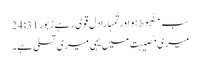
سب مضُبوط ہو اور تُمہارا دِل قوی رہے زبُور 31: 24
میری مُصیبت میں یہی میری تسلی ہے۔